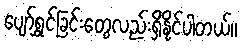
ပျော်ရွှင်ခြင်းတွေလည်းရှိနိုင်ပါတယ်။